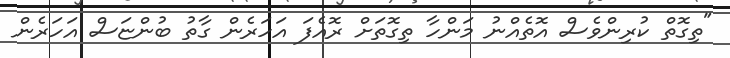
"ތިގޮތް ކުރިންވެސް އޮތެއްނު މަންހާ ތިގޮތަށް ރޮއެފަ އަހަރެން ގާތު ބުންޏަސް އަހަރެން